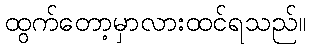
ထွက်တော့မှာလားထင်ရသည်။